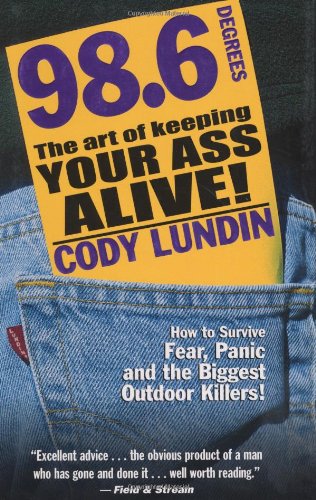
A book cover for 98.6 Degrees: The Art of Keeping Your Ass Alive; Cody Lundin; Science & Math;